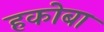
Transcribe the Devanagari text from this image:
हकोबा